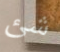
شئ